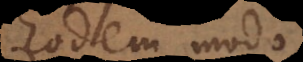
Eodem modo